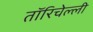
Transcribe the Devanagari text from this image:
तॉरिचेल्ली